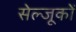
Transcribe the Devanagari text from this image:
सेल्जूकों